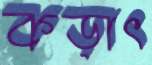
কড়াৎ